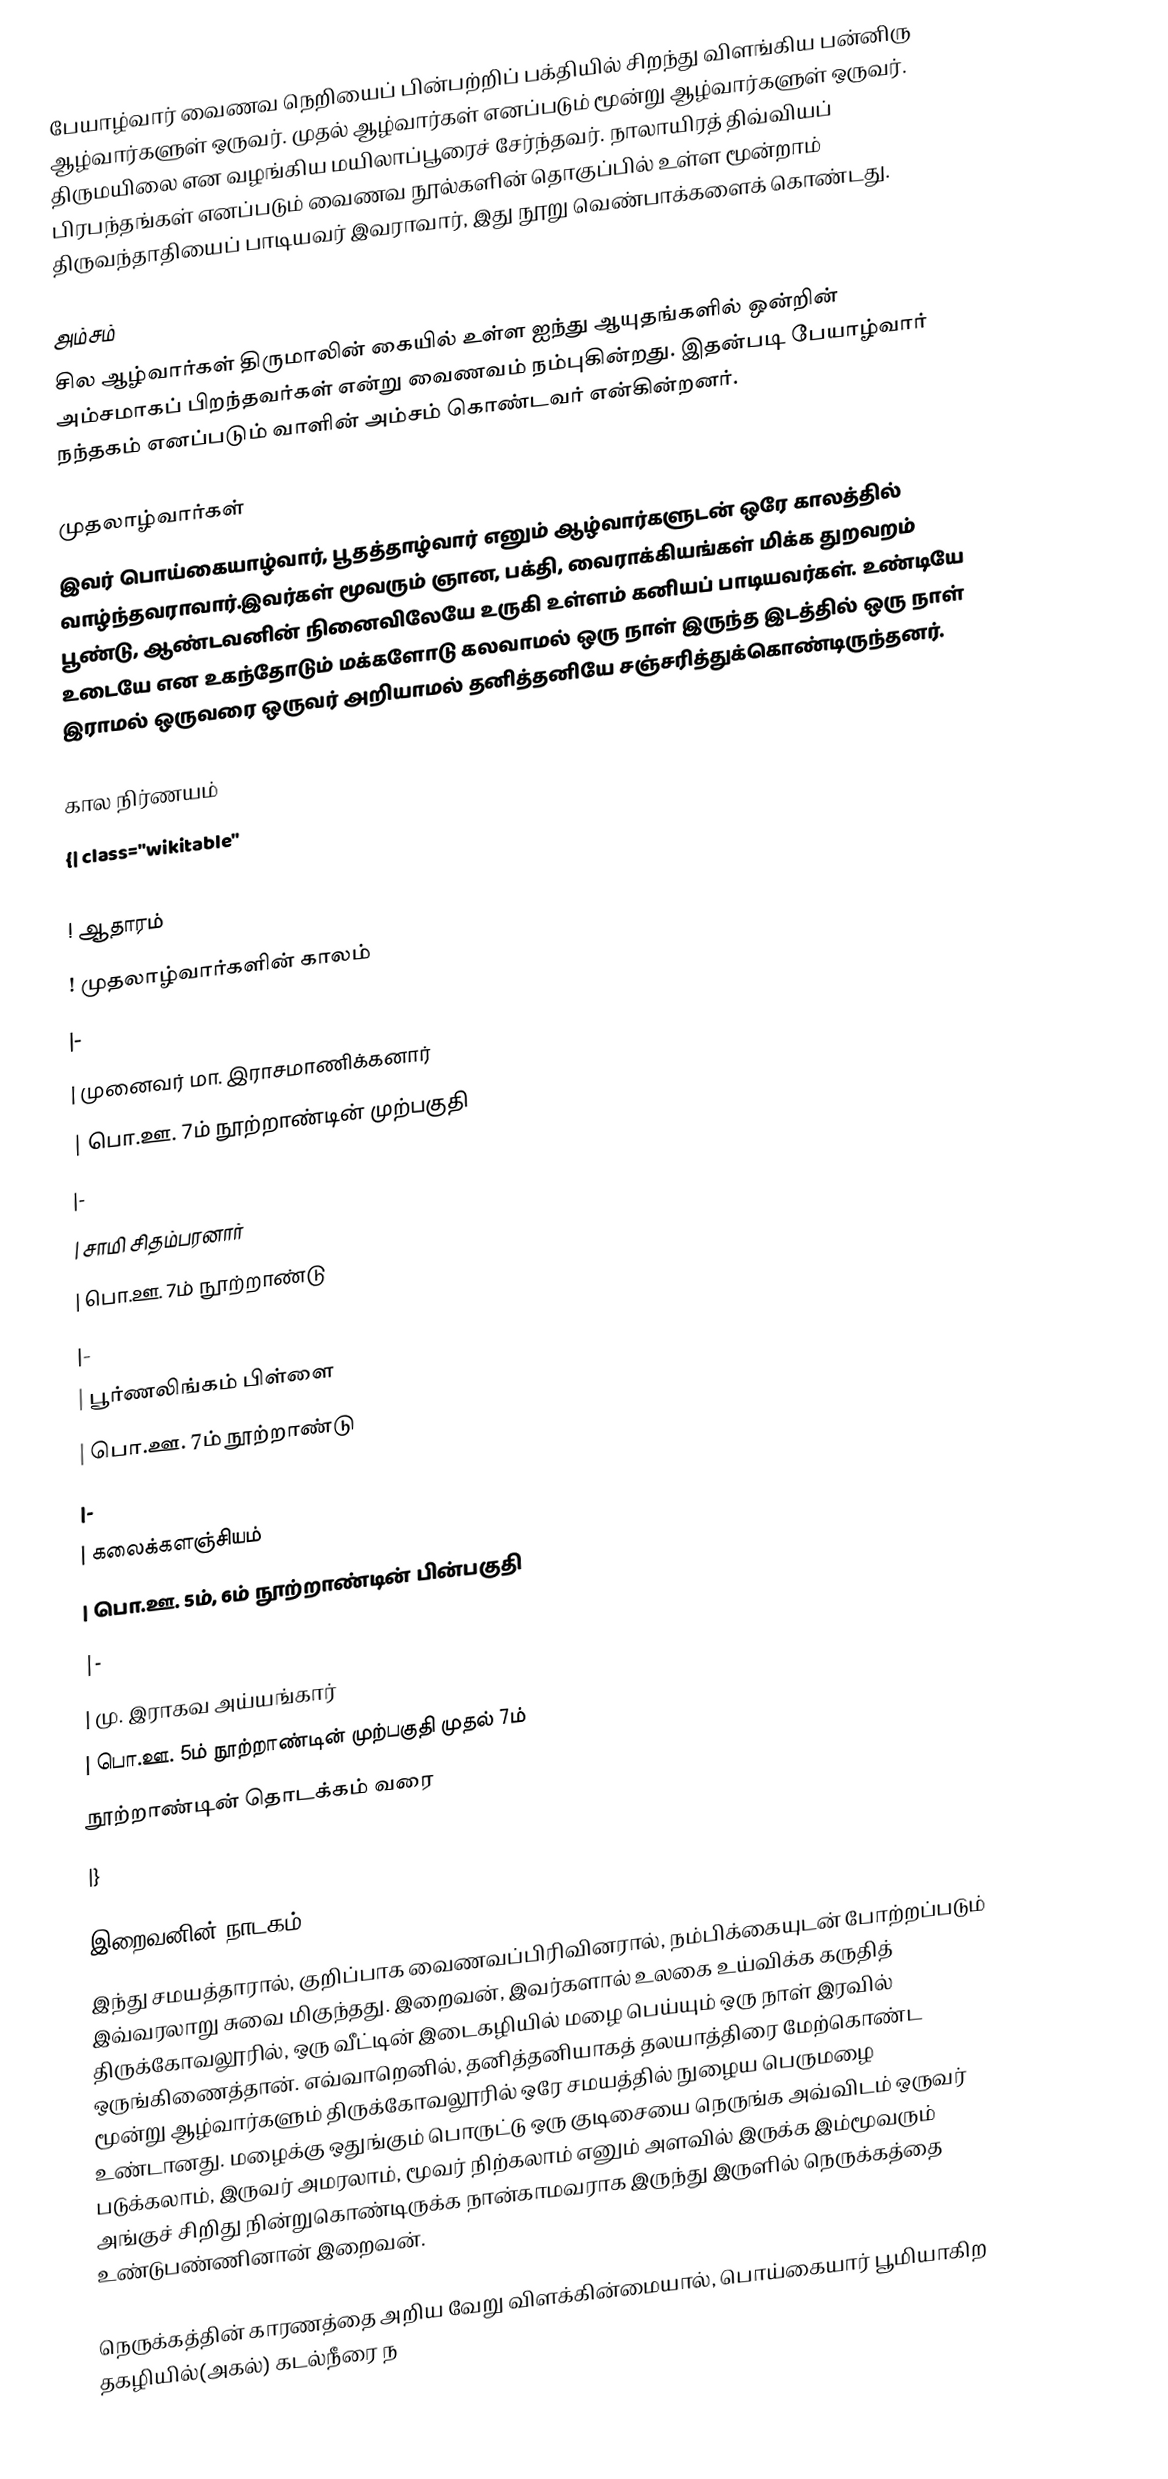
பேயாழ்வார் வைணவ நெறியைப் பின்பற்றிப் பக்தியில் சிறந்து விளங்கிய பன்னிரு ஆழ்வார்களுள் ஒருவர். முதல் ஆழ்வார்கள் எனப்படும் மூன்று ஆழ்வார்களுள் ஒருவர். திருமயிலை என வழங்கிய மயிலாப்பூரைச் சேர்ந்தவர். நாலாயிரத் திவ்வியப் பிரபந்தங்கள் எனப்படும் வைணவ நூல்களின் தொகுப்பில் உள்ள மூன்றாம் திருவந்தாதியைப் பாடியவர் இவராவார், இது நூறு வெண்பாக்களைக் கொண்டது.

அம்சம்
சில ஆழ்வார்கள் திருமாலின் கையில் உள்ள ஐந்து ஆயுதங்களில் ஒன்றின் அம்சமாகப் பிறந்தவர்கள் என்று வைணவம் நம்புகின்றது. இதன்படி பேயாழ்வார் நந்தகம் எனப்படும் வாளின் அம்சம் கொண்டவர் என்கின்றனர்.

முதலாழ்வார்கள்
இவர் பொய்கையாழ்வார், பூதத்தாழ்வார் எனும் ஆழ்வார்களுடன் ஒரே காலத்தில் வாழ்ந்தவராவார்.இவர்கள் மூவரும் ஞான, பக்தி, வைராக்கியங்கள் மிக்க துறவறம் பூண்டு, ஆண்டவனின் நினைவிலேயே உருகி உள்ளம் கனியப் பாடியவர்கள். உண்டியே உடையே என உகந்தோடும் மக்களோடு கலவாமல் ஒரு நாள் இருந்த இடத்தில் ஒரு நாள் இராமல் ஒருவரை ஒருவர் அறியாமல் தனித்தனியே சஞ்சரித்துக்கொண்டிருந்தனர்.

கால நிர்ணயம்
{| class="wikitable"
|-
! ஆதாரம்
! முதலாழ்வார்களின் காலம்
|-
| முனைவர் மா. இராசமாணிக்கனார்
| பொ.ஊ. 7ம் நூற்றாண்டின் முற்பகுதி
|-
| சாமி சிதம்பரனார்
| பொ.ஊ. 7ம் நூற்றாண்டு
|-
| பூர்ணலிங்கம் பிள்ளை
| பொ.ஊ. 7ம் நூற்றாண்டு
|-
| கலைக்களஞ்சியம்
| பொ.ஊ. 5ம், 6ம் நூற்றாண்டின் பின்பகுதி
|-
| மு. இராகவ அய்யங்கார்
| பொ.ஊ. 5ம் நூற்றாண்டின் முற்பகுதி முதல் 7ம்
நூற்றாண்டின் தொடக்கம் வரை
|}

இறைவனின் நாடகம்
இந்து சமயத்தாரால், குறிப்பாக வைணவப்பிரிவினரால், நம்பிக்கையுடன் போற்றப்படும் இவ்வரலாறு சுவை மிகுந்தது. இறைவன், இவர்களால் உலகை உய்விக்க கருதித் திருக்கோவலூரில், ஒரு வீட்டின் இடைகழியில் மழை பெய்யும் ஒரு நாள் இரவில் ஒருங்கிணைத்தான். எவ்வாறெனில், தனித்தனியாகத் தலயாத்திரை மேற்கொண்ட மூன்று ஆழ்வார்களும் திருக்கோவலூரில் ஒரே சமயத்தில் நுழைய பெருமழை உண்டானது. மழைக்கு ஒதுங்கும் பொருட்டு ஒரு குடிசையை நெருங்க அவ்விடம் ஒருவர் படுக்கலாம், இருவர் அமரலாம், மூவர் நிற்கலாம் எனும் அளவில் இருக்க இம்மூவரும் அங்குச் சிறிது நின்றுகொண்டிருக்க நான்காமவராக இருந்து இருளில் நெருக்கத்தை உண்டுபண்ணினான் இறைவன்.

நெருக்கத்தின் காரணத்தை அறிய வேறு விளக்கின்மையால், பொய்கையார் பூமியாகிற தகழியில்(அகல்) கடல்நீரை ந